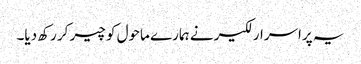
یہ پراسرار لکیر نے ہمارے ماحول کو چیر کر رکھ دیا۔